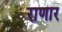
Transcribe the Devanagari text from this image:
राणार